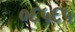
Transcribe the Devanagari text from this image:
०६५६५